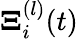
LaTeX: {\mathbf\Xi}_{i}^{(l)}(t)